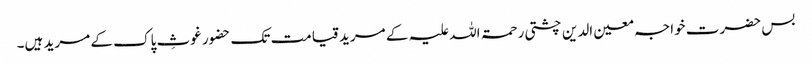
بس حضرت خواجہ معین الدین چشتی رحمۃ اللہ علیہ کے مرید قیامت تک حضور غوثِ پاک کے مرید ہیں۔